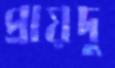
প্রায়দু